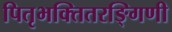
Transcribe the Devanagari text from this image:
पितृभक्तितरङ्गिणी